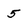
Character: 5